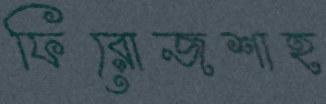
ফিরোজশাহ